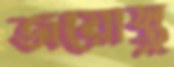
জয়োস্তু